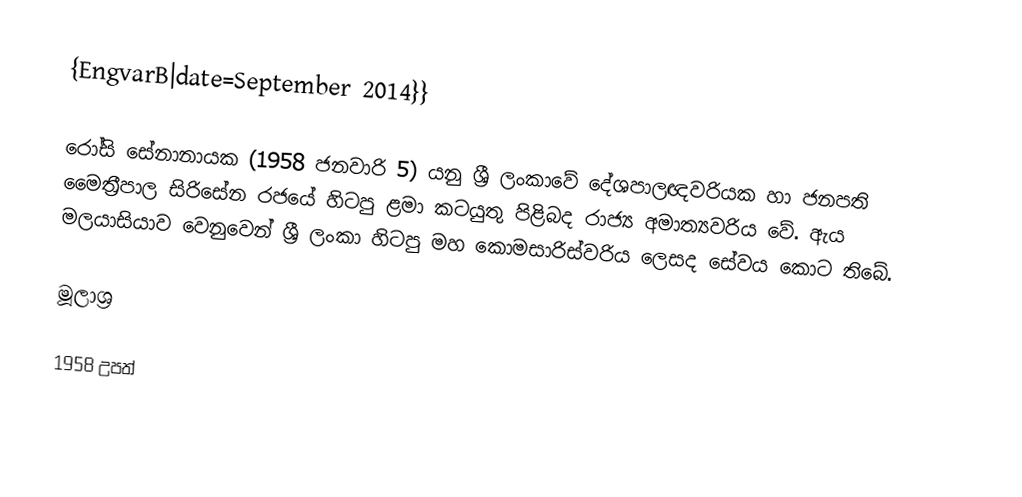
{EngvarB|date=September 2014}}

රෝසි සේනානායක (1958 ජනවාරි 5) යනු ශ්‍රී ලංකාවේ දේශපාලඥවරියක හා ජනපති මෛත්‍රීපාල සිරිසේන රජයේ හිටපු ළමා කටයුතු පිළිබද රාජ්‍ය අමාත්‍යවරිය වේ. ඇය මලයාසියාව වෙනුවෙන් ශ්‍රී ලංකා හිටපු මහ කොමසාරිස්වරිය ලෙසද සේවය කොට තිබේ.

මූලාශ්‍ර

1958 උපත්